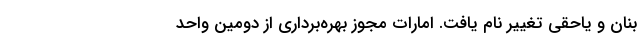
بنان و یاحقی تغییر نام یافت. امارات مجوز بهره‌برداری از دومین واحد